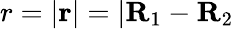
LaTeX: r=|\mathbf r|=|\mathbf R_{1}-\mathbf R_{2}